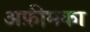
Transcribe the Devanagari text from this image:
अफ़ीमका